Report on sanitation, dispensaries, and jails in Rajputana for 1914, and on vaccination for the year 1914-1915 - 1914-1915
Year: 1914
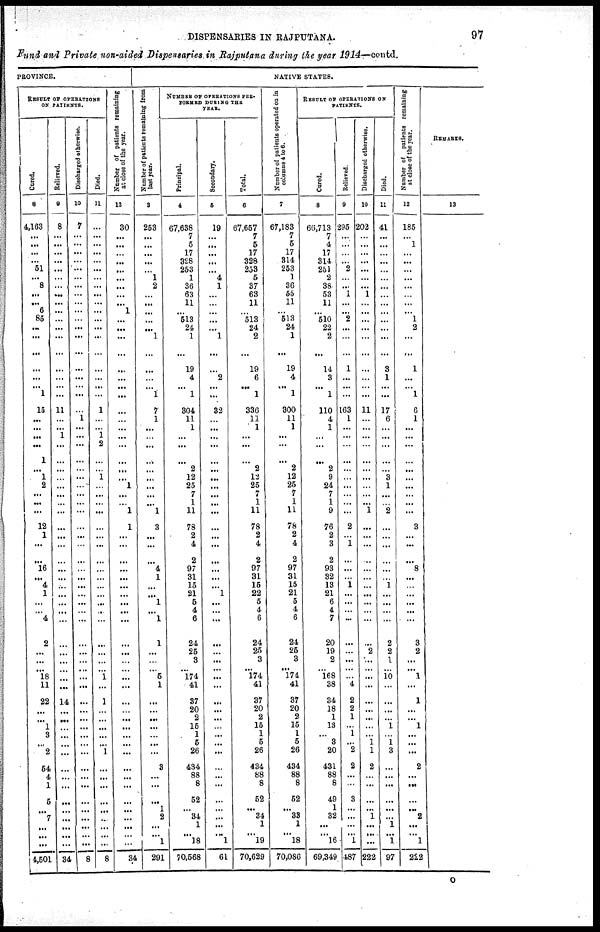
DISPENSARIES IN RAJPUTANA.
97
Fund and Private non-aided Dispensaries in Rajputana during the year 1914—contd.
PROVINCE.
RESULT OF OPERATIONS
ON PATIENTS.
Cured.
8
4,163
...
...
...
...
51
...
8
...
...
6
85
...
...
...
...
...
... 1
15
...
...
...
...
1
...
1
2
...
...
...
12
1
...
...
16
...
4
1
...
...
4
2
...
...
...
18
11
22
...
...
1
3
...
2
54
4
1
5
...
7
...
...
...
4,501
Relieved.
9
8
...
...
...
...
...
...
...
...
...
...
...
...
...
...
...
...
...
...
11
...
...
1
...
...
...
...
...
...
...
...
...
...
...
...
...
...
...
...
...
...
...
...
...
...
...
...
...
14
...
...
...
...
...
...
...
...
...
...
...
...
...
... ...
34
Discharged otherwise.
10
7
...
...
...
...
...
...
...
...
...
...
...
...
...
...
...
...
...
...
...
1
...
...
...
...
...
...
...
...
...
...
...
...
...
...
...
...
...
...
...
...
...
...
...
...
...
...
...
...
...
...
...
...
...
...
...
...
...
...
... ...
...
... ...
8
Died.
11
...
...
...
...
...
...
...
...
...
...
...
...
...
...
...
...
...
...
...
1
...
...
1
2
...
...
1
...
...
...
...
...
...
...
...
...
...
...
...
...
...
...
...
...
...
...
1
...
1
...
...
...
...
...
1
...
...
...
...
...
...
...
...
...
8
Number of patients remaining
at close of the year.
12
30
...
...
...
...
...
...
...
...
...
1
...
...
...
...
...
...
...
...
...
...
...
...
...
...
...
...
1
...
...
1
1
...
...
...
...
...
...
...
...
...
...
...
...
...
...
...
...
...
...
...
...
...
...
...
...
...
...
...
...
...
...
...
...
34
NATIVE STATES.
Number of patients
remaining from
last year.
3
253
...
...
...
...
...
1
2
...
...
...
...
...
1
...
...
...
... 1
7
1
...
...
...
...
...
...
...
...
...
1
3
...
...
...
4
1
...
... 1
...
1
1
...
...
...
5
1
...
...
...
...
...
...
...
3
...
...
...
1
2
...
... 1
291
NUMBER OF OPERATIONS PER¬
FORMED DURING THE
YEAR.
Principal.
4
67,638
7
5
17
328
253
1
36
63
11
...
513
24
1
...
19
4
... 1
304
11
1
...
...
...
2
12
25
7
1
11
78
2
4
2
97
31
15
21
5
4
6
24
25
3
...
174
41
37
20
2
15
1
5
26
434
88
8
52
... 34
1
... 18
70,568
Secondary.
5
19
...
...
...
...
...
4
1
...
...
...
...
...
1
...
...
2
...
...
32
...
...
...
...
...
...
...
...
...
...
...
...
...
...
...
...
...
...
1
...
...
...
...
...
...
...
...
...
...
...
...
...
...
...
...
...
...
...
...
...
...
...
... 1
61
Total.
6
67,657
7
5
17
328
253
5
37
63
11
...
513
24
2
...
19
6
... 1
336
11
1
...
...
...
2
12
25
7
1
11
78
2
4
2
97
31
16
22
5
4
6
24
25
3
...
174
41
37
20
2
15
1
5
26
434
88
8
52
... 34
1
... 19
70,629
Number of patients oparated on in
columns 4 to 6.
7
67,183
7
5
17
314
253
1
36
55
11
...
513
24
1
...
19
4
... 1
300
11
1
...
...
...
2
12
25
7
1
11
78
2
4
2
97
31
15
21
5
4
6
24
25
3
...
174
41
37
20
2
15
1
5
26
434
88
8
52
... 33
1
... 18
70,086
RESULT OF OPERATIONS ON
PATIENTS.
Cured.
8
66,713
7
4
17
314
251
2
38
53
11
...
510
22
2
...
14
3
... 1
110
4
1
...
...
...
2
9
24
7
1
9
76
2
3
2
93
32
13
21
6
4
7
20
19
2
...
168
38
34
18
1
13
...
3
20
431
88
8
49
1
32
...
... 16
69,349
Relieved.
9
295
...
...
...
...
2
...
...
1
...
...
2
...
...
...
1
...
...
...
163
1
...
...
...
...
...
...
...
...
...
...
2
...
1
...
...
...
1
...
...
...
...
...
...
...
...
...
4
2
2
1
...
1
...
2
2
...
...
3
...
...
...
... 1
487
Discharged otherwise.
10
202
...
...
...
...
...
...
...
1
...
...
...
...
...
...
...
...
...
...
11
...
...
...
...
...
...
...
...
...
...
1
...
...
...
...
...
...
...
...
...
...
...
...
2
...
...
...
...
...
...
...
...
...
1 1
2
...
...
...
... 1
...
...
222
Died.
11
41
...
...
...
...
...
...
...
...
...
...
...
...
...
...
3
1
...
...
17
6
...
...
...
...
...
3
1
...
...
2
...
...
...
...
...
...
1
...
...
...
...
2
2
1
...
10
...
...
...
...
1
...
1
3
...
...
...
...
...
...
1
... 1
97
Number of patients remaining
at close of the year.
12
185
...
1
...
...
...
...
...
...
...
...
1
2
...
...
1
...
... 1
6
1
...
...
...
...
...
...
...
...
...
...
3
...
...
...
8
...
...
...
...
...
...
3
2
...
...
1
...
1
...
...
1
...
...
...
2
...
...
...
... 2
...
...
1
222
REMARKS.
13
O